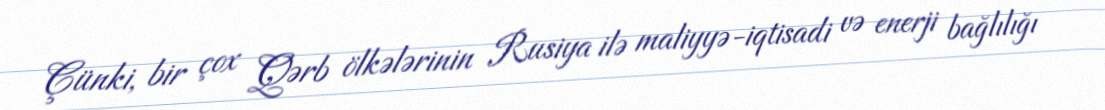
Çünki, bir çox Qərb ölkələrinin Rusiya ilə maliyyə-iqtisadi və enerji bağlılığı